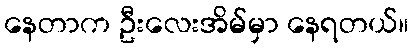
နေတာက ဦးလေးအိမ်မှာ နေရတယ်။